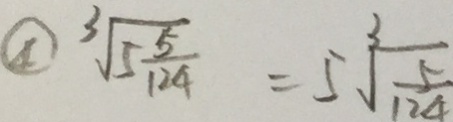
\textcircled { 4 } \sqrt [ 3 ] { 5 \frac { 5 } { 1 2 4 } } = 5 ^ { 3 } \sqrt { \frac { 5 } { 1 2 4 } }